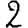
Digit: 2